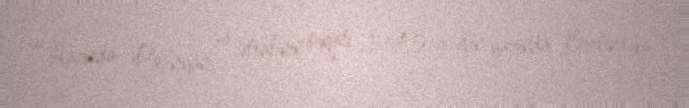
“Hazırda Paşinyan və ətrafının ovqatı 1945-ci ilin yazında Berlindəki